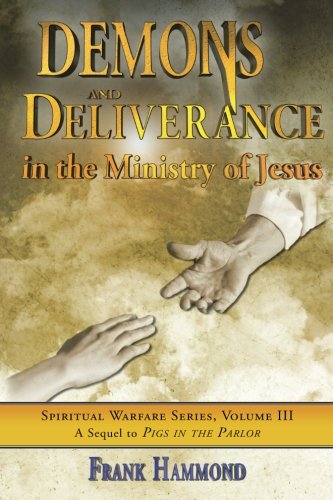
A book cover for Demons and Deliverance: In The Ministry Of Jesus  (Spiritual Warfare (Impact Christian)); Mr. Frank D. Hammond; Politics & Social Sciences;